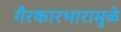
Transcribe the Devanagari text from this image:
गैरकारभारामुळे